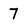
Character: 7